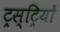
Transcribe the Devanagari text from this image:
ट्रस्ट्रियों